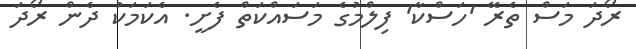
ރޯދަ މަސް ތެރޭ 'ހަސްކާ' ފިލްމުގެ މަސައްކަތް ފެށީ. އެކަމަކު ދެން ރޯދަ